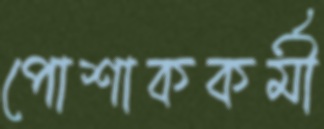
পোশাককর্মী